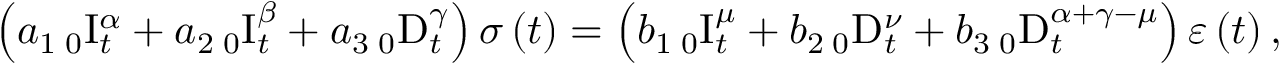
\left( a _ { 1 } \, _ { 0 } \mathrm { I } _ { t } ^ { \alpha } + a _ { 2 } \, _ { 0 } \mathrm { I } _ { t } ^ { \beta } + a _ { 3 } \, _ { 0 } \mathrm { D } _ { t } ^ { \gamma } \right) \sigma \left( t \right) = \left( b _ { 1 } \, _ { 0 } \mathrm { I } _ { t } ^ { \mu } + b _ { 2 } \, _ { 0 } \mathrm { D } _ { t } ^ { \nu } + b _ { 3 } \, _ { 0 } \mathrm { D } _ { t } ^ { \alpha + \gamma - \mu } \right) \varepsilon \left( t \right) ,